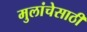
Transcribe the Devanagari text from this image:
मुलांचेसाठी